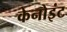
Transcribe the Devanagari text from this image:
केनोइंट